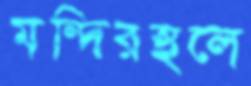
মন্দিরস্থলে